Lunatic asylums in Bengal annual reports 1888-1898 - 1888-1898
Year: 1888
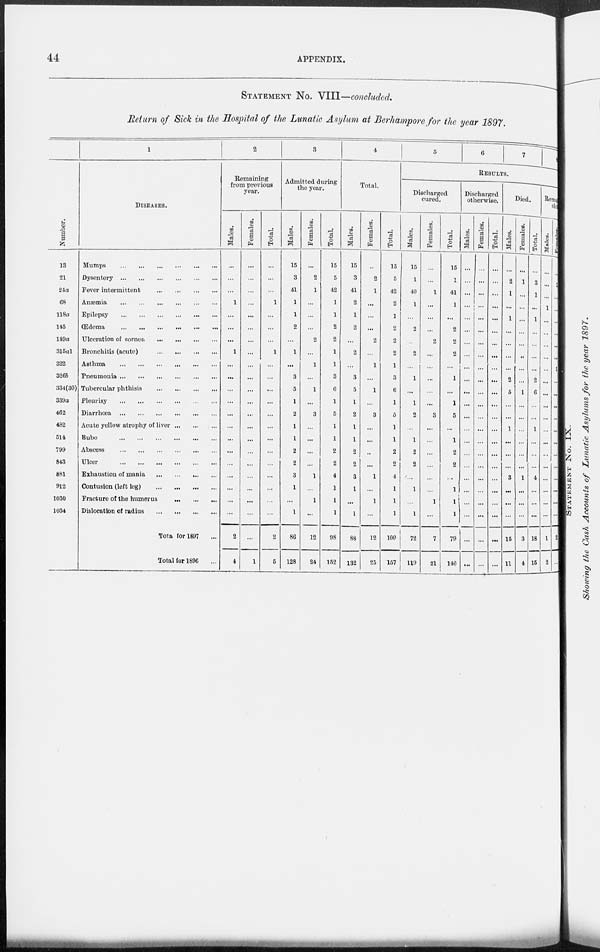
44
APPENDIX.
STATEMENT No. VIII—concluded.
Return of Sick in the Hospital of the Lunatic Asylum at Berhampore for the year 1897.
Number.
13
21
24a
68
118a
145
149a
315a1
322
326b
334(30)
339a
462
482
514
799
843
881
912
1030
1034
1
DISEASES.
Mumps ... ... ... ... ... ...
Dysentery
...
...
...
...
...
...
Fever intermittent
...
...
...
...
Anæmia
...
...
...
...
...
...
Epilepsy ... ... ... ... ... ...
Œdema
...
...
...
...
...
...
Ulceration of cornea
...
...
...
...
Bronchitis (acute)
...
...
...
...
Asthma
...
...
...
...
...
...
...
Pneumonia
...
...
...
...
...
...
Tubercular phthisis
...
...
...
...
Pleurisy
...
...
...
...
...
...
Diarrhœa
...
...
...
...
...
...
Acute yellow atrophy of liver ... ... ...
Bubo
...
...
...
...
...
...
Abscess
...
...
...
...
...
...
Ulcer
...
...
...
...
...
...
Exhaustion of mania ... ... ... ...
Contusion (left leg)
...
...
...
...
Fracture of the humerus
...
...
...
Dislocation of radius
...
...
...
...
Total for 1897 ...
Total for 1896 ...
2
Remaining
from previous
year.
Males.
...
...
...
1
...
...
...
1
...
...
...
...
...
...
...
...
...
...
...
...
...
2
4
Females.
...
...
...
...
...
...
...
...
...
...
...
...
...
...
...
...
...
...
...
...
...
...
1
Total.
...
...
...
1
...
...
...
1
...
...
...
...
...
...
...
...
...
...
...
...
...
2
5
3
Admitted during
the year.
Males.
15
3
41
1
1
2
...
1
...
3
5
1
2
1
1
2
2
3
1
...
1
86
128
Females.
...
2
1
...
...
...
2
...
1
...
1
...
3
...
...
...
...
1
...
1
...
12
24
Total.
15
5
42
1
1
2
2
1
1
3
6
1
5
1
1
2
2
4
1
1
1
98
152
4
Total.
Males.
15
3
41
2
1
2
...
2
...
3
5
1
2
1
1
2
2
3
1
...
1
88
132
Females.
...
2
1
...
...
...
2
...
1
...
1
...
3
...
...
...
...
1
...
1
...
12
25
Total.
15
5
42
2
1
2
2
2
1
3
6
1
5
1
1
2
2
4
1
1
1
100
157
5
6
7
8
RESULTS.
Discharged
cured.
Males.
15
1
40
1
...
2
...
2
...
1
...
1
2
...
1
2
2
...
1
...
1
72
119
Females.
...
...
1
...
...
...
2
...
...
...
...
...
3
...
...
...
...
...
...
1
...
7
21
Total.
15
1
41
1
...
2
2
2
...
1
...
1
5
...
1
2
2
...
1
1
1
79
140
Discharged
otherwise.
Males.
...
...
...
1
...
...
...
...
...
...
...
...
...
...
...
...
...
...
...
...
...
...
...
Females.
...
...
...
...
...
...
...
...
...
...
...
...
...
...
...
...
...
...
...
...
...
...
...
Total.
...
...
...
...
...
...
...
...
...
...
...
...
...
...
...
...
...
...
...
...
...
...
...
Died.
Males.
...
2
1
...
1
...
...
...
...
2
5
...
...
1
...
...
...
3
...
...
...
15
11
Females.
...
1
...
...
...
...
...
...
...
...
1
...
...
...
...
...
...
1
...
...
...
3
4
Total.
...
3
1
...
1
...
...
...
...
2
6
...
...
1
...
...
...
4
...
...
...
18
15
Remaining
sick.
Males.
...
...
...
1
...
...
...
...
...
...
...
...
...
...
...
...
...
...
...
...
...
1
2
Females.
...
1
...
...
...
...
...
...
1
...
...
...
...
...
...
...
...
...
...
...
...
2
...